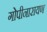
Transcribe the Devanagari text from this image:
गोपीनारायण